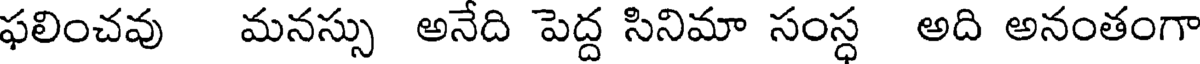
ఫలించవు మనస్సు అనేది పెద్ద సినిమా సంస్ధ అది అనంతంగా